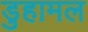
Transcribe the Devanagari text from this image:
डुहामल